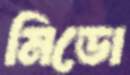
মিডো